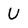
Character: U